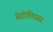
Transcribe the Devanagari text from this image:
सेप्टीमियस